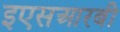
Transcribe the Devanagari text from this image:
इएसआरबी